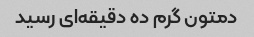
دمتون گرم ده دقیقه‌ای رسید